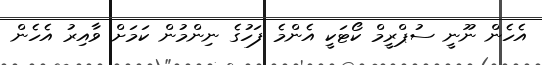
އެހެން ނޫނީ ސުޕްރީމް ކޯޓަކީ އެންމެ ފަހުގެ ނިންމުން ކަމަށް ވާއިރު އެހެން